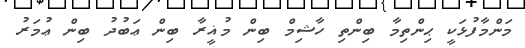
މަންމާފުޅަކީ ޙިންތިމާ ބިންތި ހާޝިމް ބިން މުޣީރާ ބިން ޢަބުދު ބިން ޢުމަރު